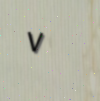
٧